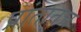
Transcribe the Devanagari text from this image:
प्रांतातच